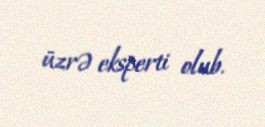
üzrə eksperti olub.